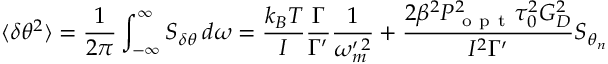
\langle \delta \theta ^ { 2 } \rangle = \frac { 1 } { 2 \pi } \int _ { - \infty } ^ { \infty } S _ { \delta \theta } \, d \omega = \frac { k _ { B } T } { I } \frac { \Gamma } { \Gamma ^ { \prime } } \frac { 1 } { \omega _ { m } ^ { \prime \, 2 } } + \frac { 2 \beta ^ { 2 } P _ { \mathrm { ~ o ~ p ~ t ~ } } ^ { 2 } \tau _ { 0 } ^ { 2 } G _ { D } ^ { 2 } } { I ^ { 2 } \Gamma ^ { \prime } } S _ { \theta _ { n } }